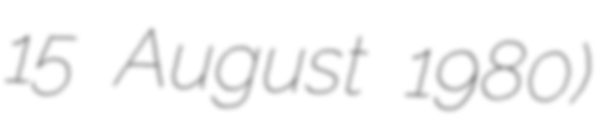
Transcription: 15 August 1980)